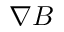
\nabla B